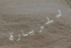
للزيارة